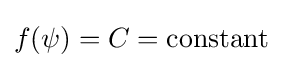
f(\psi )=C={\text{constant}}